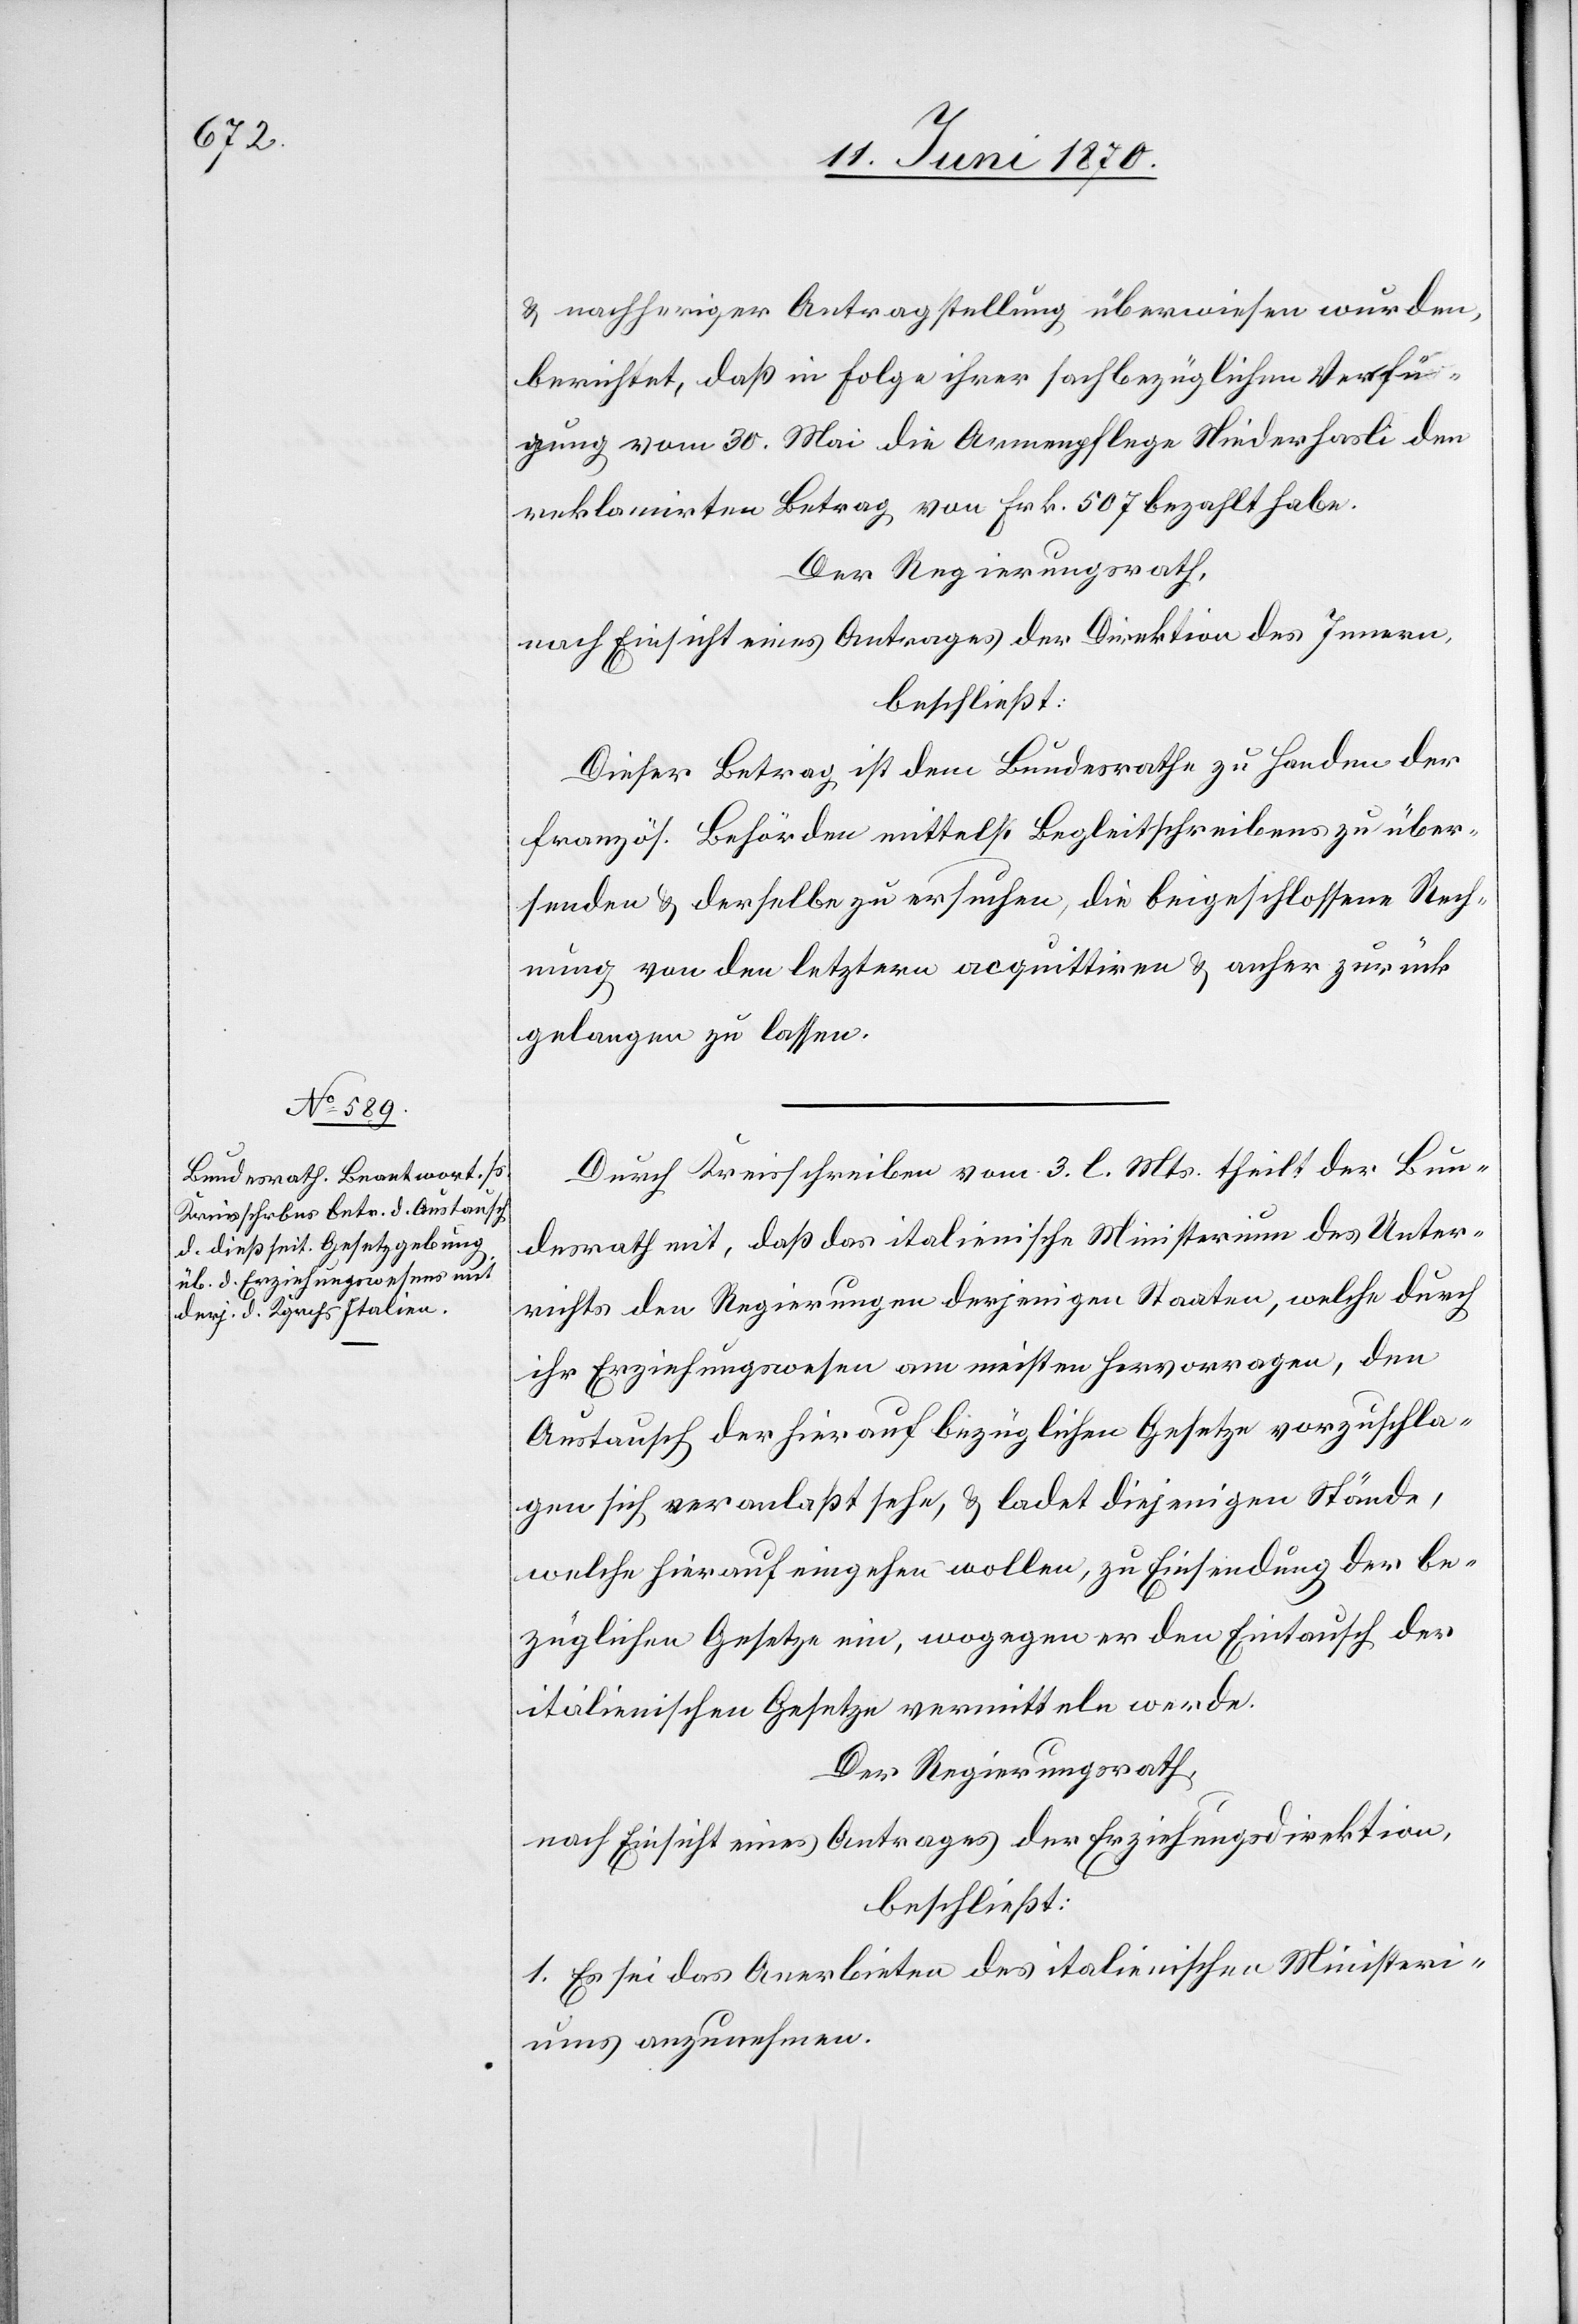
& nachheriger Antragstellung überwiesen wurden,
berichtet, daß in Folge ihrer sachbezüglichen Verfü¬
gung vom 30. Mai die Armenpflege Niederhasli den
reklamirten Betrag von Frk. 507 bezahlt habe.
Der Regierungsrath,
nach Einsicht eines Antrages der Direktion des Innern,
beschließt:
Dieser Betrag ist dem Bundesrathe zu Handen der
französ. Behörden mittelst Begleitschreibens zu über¬
senden & derselbe zu ersuchen, die beigeschlossene Rech¬
nung von den letztern acquittiren & anher zurück
gelangen zu lassen.
Durch Kreisschreiben vom 3. l. Mts. theilt der Bun¬
desrath mit, daß das italienische Ministerium des Unter¬
richts den Regierungen derjenigen Staaten, welche durch
ihr Erziehungswesen am meisten hervorragen, den
Austausch der hierauf bezüglichen Gesetze vorzuschla¬
gen sich veranlaßt sehe, & ladet diejenigen Stände,
welche hierauf eingehen wollen, zu Einsendung der be¬
züglichen Gesetze ein, wogegen er den Eintausch der
italienischen Gesetze vermitteln werde.
Der Regierungsrath,
nach Einsicht eines Antrages der Erziehungsdirektion,
beschließt:
1. Es sei das Anerbieten des italienischen Ministeri¬
ums anzunehmen.